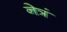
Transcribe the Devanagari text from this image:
नेत्रं